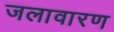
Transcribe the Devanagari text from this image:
जलावारण